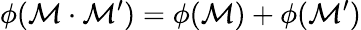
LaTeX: \phi(\mathcal{M}\cdot\mathcal{M}^{\prime})=\phi(\mathcal{M})+\phi(\mathcal{M}^{\prime})